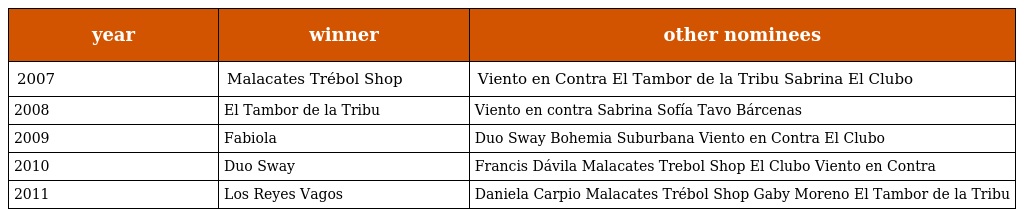
| year | winner | other nominees |
 | --- | --- | --- |
 | 2007 | Malacates Trébol Shop | Viento en Contra El Tambor de la Tribu Sabrina El Clubo |
 | 2008 | El Tambor de la Tribu | Viento en contra Sabrina Sofía Tavo Bárcenas |
 | 2009 | Fabiola | Duo Sway Bohemia Suburbana Viento en Contra El Clubo |
 | 2010 | Duo Sway | Francis Dávila Malacates Trebol Shop El Clubo Viento en Contra |
 | 2011 | Los Reyes Vagos | Daniela Carpio Malacates Trébol Shop Gaby Moreno El Tambor de la Tribu |